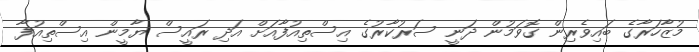
މުޒާހަރާގެ ބައިވެރިން ގޮވަމުން ދަނީ ސަރުކާރުގެ އިސްތިއުފާއަށް އަދި ރައީސް ޔާމީން އިސްތިއުފާ